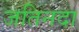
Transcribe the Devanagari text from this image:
जतिनदा